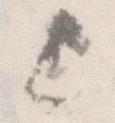
上